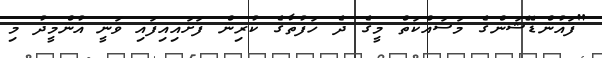
"ފައުންޑޭޝަންގެ މަސައްކަތް މީގެ ދެ ހަފުތާގެ ކުރިން ފަށައިއިފައި ވަނީ އުންމީދު މި